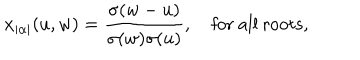
LaTeX: x _ { | \alpha | } ( u , w ) = { \frac { \sigma ( w - u ) } { \sigma ( w ) \sigma ( u ) } } , \quad \mathrm { f o r ~ a l l ~ r o o t s } ,